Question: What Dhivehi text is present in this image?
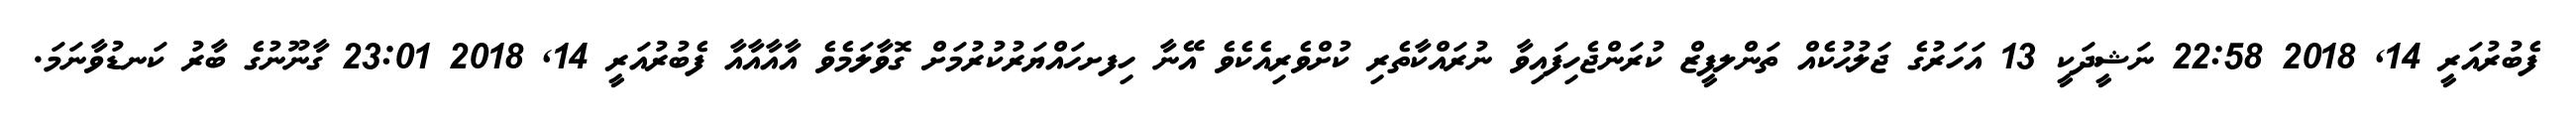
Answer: ފެބުރުއަރީ 14, 2018 22:58 ނަޝީދަކީ 13 އަހަރުގެ ޖަލުޙުކެއް ތަންލފީޒް ކުރަންޖެހިފައިވާ ނުރައްކާތެރި ކުށްވެރިއެކެވެ އޭނާ ހިފށހައްޔަރުކުރުމަށް ގޮވާލަމެވެ އާއާއާއާ ފެބުރުއަރީ 14, 2018 23:01 ގާނޫނުގެ ބާރު ކަނޑުވާނަމަ.